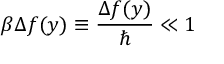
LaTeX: \beta \Delta f ( y ) \equiv \frac { \Delta f ( y ) } { \hbar } \ll 1